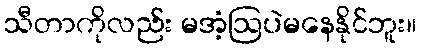
သီတာကိုလည်း မအံ့ဩပဲမနေနိုင်ဘူး။